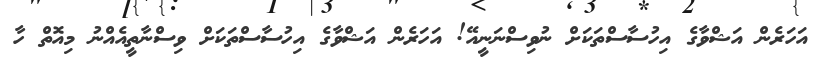
އަހަރެން އަޝްވާގެ އިހުސާސްތަކަށް ނުވިސްނަނީއޭ! އަހަރެން އަޝްވާގެ އިހުސާސްތަކަށް ވިސްނާތީއެއްނު މިއޮތް ހާ